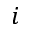
i